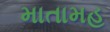
માતામહ